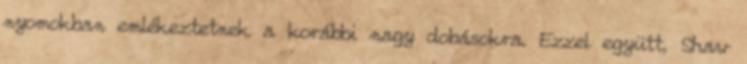
nyomokban emlékeztetnek a korábbi nagy dobásokra. Ezzel együtt, Shaw